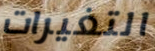
التغيرات